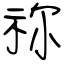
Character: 祢